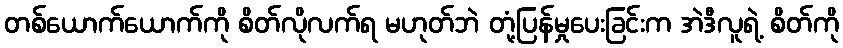
တစ်ယောက်ယောက်ကို စိတ်လိုလက်ရ မဟုတ်ဘဲ တုံ့ပြန်မှုပေးခြင်းက အဲဒီလူရဲ့ စိတ်ကို